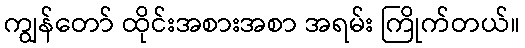
ကျွန်တော် ထိုင်းအစားအစာ အရမ်း ကြိုက်တယ်။